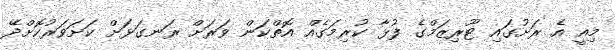
މިއީ އެ ރަށުގައި ޓޫރިޒަމްގެ ފުޅާ ކުރިމަގެއް އޮތްކަން ވަރަށް ރަނގަޅަށް ކަށަވަރުކޮށްދޭ